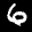
Label: 6